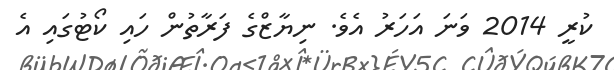
ކުރީ 2014 ވަނަ އަހަރު އެވެ. ނިޔާޒްގެ ފަރާތުން ހައި ކޯޓުގައި އެ